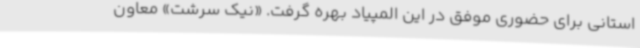
استانی برای حضوری موفق در این المپیاد بهره گرفت. «نیک سرشت» معاون